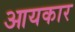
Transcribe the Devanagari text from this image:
आयकार